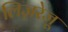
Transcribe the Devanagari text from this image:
लिज़रेजू